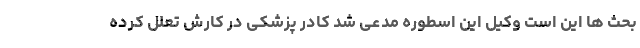
بحث ها این است وکیل این اسطوره مدعی شد کادر پزشکی در کارش تعلل کرده